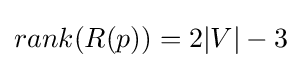
rank(R(p))=2|V|-3